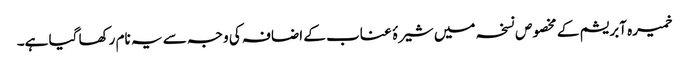
خمیرہ آبریشم کے مخصوص نسخہ میں شیرۂ عناب کے اضافہ کی وجہ سے یہ نام رکھا گیا ہے۔